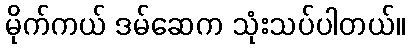
မိုက်ကယ် ဒမ်ဆေက သုံးသပ်ပါတယ်။